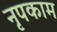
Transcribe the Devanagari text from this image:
नृपकाम